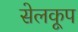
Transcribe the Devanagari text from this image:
सेलकूप